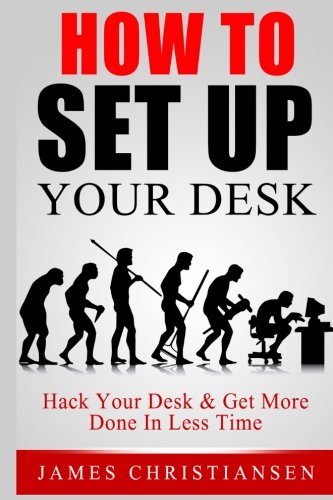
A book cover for How To Set Up Your Desk: Hack Your Desk To Get More Done In Less Time: Workplace Organization & Home Office Organization That Works!; James Christiansen; Business & Money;